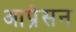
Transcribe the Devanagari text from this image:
आप्रेसन